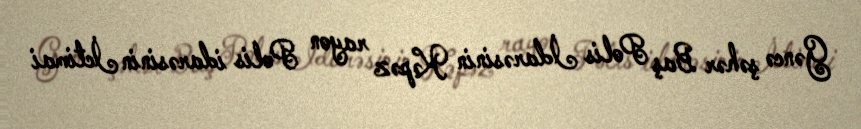
Gəncə şəhər Baş Polis İdarəsinin Kəpəz rayon Polis idarəsinin İctimai